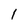
Character: 1